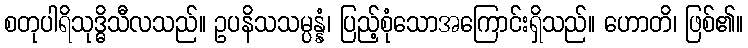
စတုပါရိသုဒ္ဓိသီလသည်။ ဥပနိသသမ္ပန္နံ၊ ပြည့်စုံသောအကြောင်းရှိသည်။ ဟောတိ၊ ဖြစ်၏။